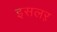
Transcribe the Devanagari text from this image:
इसलऱ़